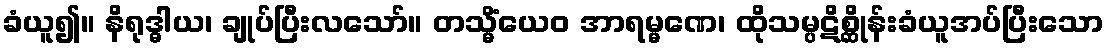
ခံယူ၍။ နိရုဒ္ဓါယ၊ ချုပ်ပြီးလသော်။ တသ္မိံယေဝ အာရမ္မဏေ၊ ထိုသမ္ပဋိစ္ဆိုန်းခံယူအပ်ပြီးသော